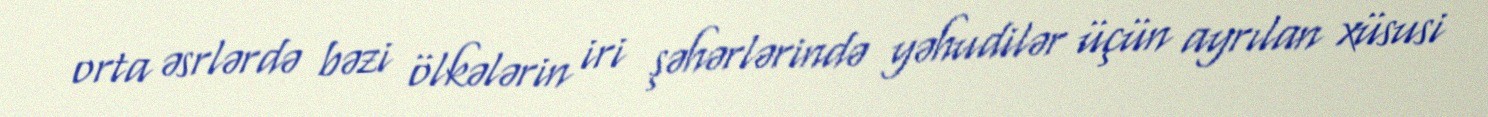
orta əsrlərdə bəzi ölkələrin iri şəhərlərində yəhudilər üçün ayrılan xüsusi